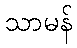
သာမန်